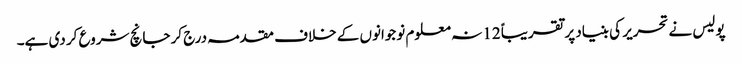
پولیس نے تحریر کی بنیاد پر تقریباً 12 نہ معلوم نوجوانوں کے خلاف مقدمہ درج کر جانچ شروع کر دی ہے۔